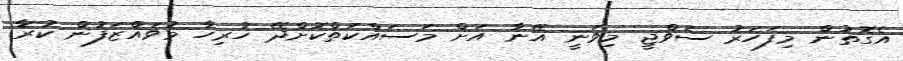
އެގޮތުން މިފަހަރު ސަވްޖީ މިވަނީ އޭނާ އަށް މަސައްކަތްކޮށްދޭ ހުރިހާ މުވައްޒަފުން ކުރާ